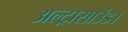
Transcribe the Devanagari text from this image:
अल्ट्रासाउंड।